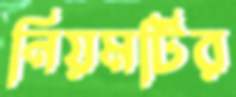
নিয়মটির